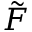
\tilde { F }